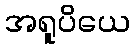
အရူပိယေ